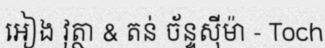
អៀង វុត្ថា & តន់ ច័ន្ទស៊ីម៉ា - Toch